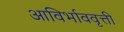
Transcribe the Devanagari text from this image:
आविर्भाववृत्ती